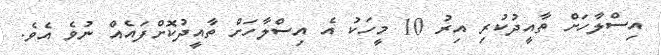
އިސްލާހަށް ތާއީދުކުރި އިރު 10 މީހަކު އެ އިސްލާހަށް ތާއީދުކޮށްފައެއް ނުވެ އެވެ.